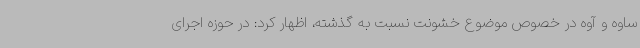
ساوه و آوه در خصوص موضوع خشونت نسبت به گذشته، اظهار کرد: در حوزه اجرای